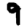
Digit: 9